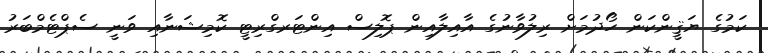
ކަމުގެ ޔަޤީންކަން ހޯދުމަށް ރިލުވާނުގެ އާއިލާއިން ޕޮލިސް އިންޓަރގްރިޓީ ކޮމިޝަނާއި ވަނީ ސެޕްޓެމްބަރު